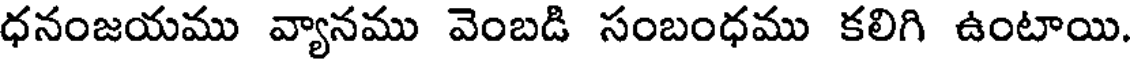
ధనంజయము వ్యానము వెంబడి సంబంధము కలిగి ఉంటాయి.